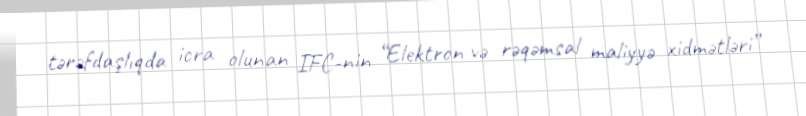
tərəfdaşlıqda icra olunan IFC-nin “Elektron və rəqəmsal maliyyə xidmətləri”